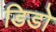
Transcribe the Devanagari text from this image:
डिडो